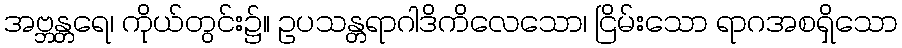
အဗ္ဘန္တရေ၊ ကိုယ်တွင်း၌။ ဥပသန္တရာဂါဒိကိလေသော၊ ငြိမ်းသော ရာဂအစရှိသော